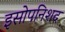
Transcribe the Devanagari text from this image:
इसोपनिशद